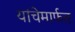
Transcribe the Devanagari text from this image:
यांचेमार्फत